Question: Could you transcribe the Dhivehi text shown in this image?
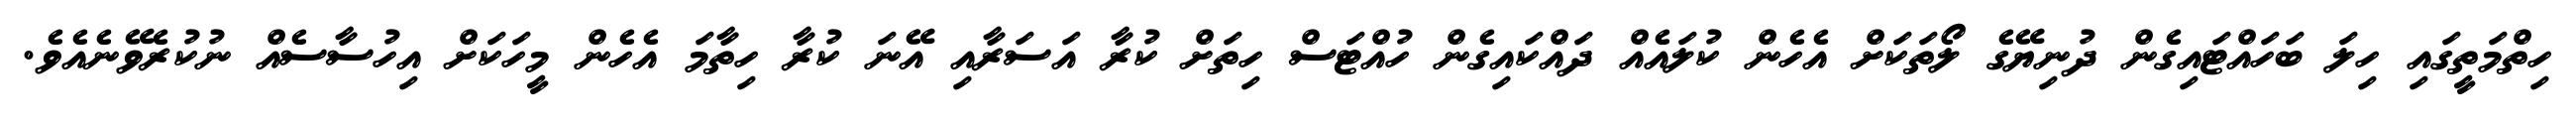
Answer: ހިތްމަތީގައި ހިލަ ބަހައްޓައިގެން ދުނިޔޭގެ ލޯތަކަށް އެހެން ކުލައެއް ދައްކައިގެން ހުއްޓަސް ހިތަށް ކުރާ އަސަރާއި އޭނަ ކުރާ ހިތާމަ އެހެން މީހަކަށް އިހުސާސެއް ނުކުރެވޭނެއެވެ.